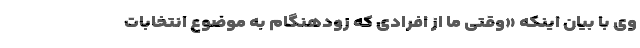
وی با بیان اینکه «وقتی ما از افرادی که زودهنگام به موضوع انتخابات